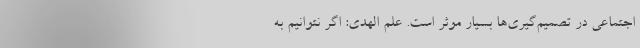
اجتماعی در تصمیم‌گیری‌ها بسیار موثر است. علم الهدی: اگر نتوانیم به